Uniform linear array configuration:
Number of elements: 48
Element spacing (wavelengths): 0.75
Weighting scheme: blackman
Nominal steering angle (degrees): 15
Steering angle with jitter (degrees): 13.304
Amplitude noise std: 0.05
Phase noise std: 0.05

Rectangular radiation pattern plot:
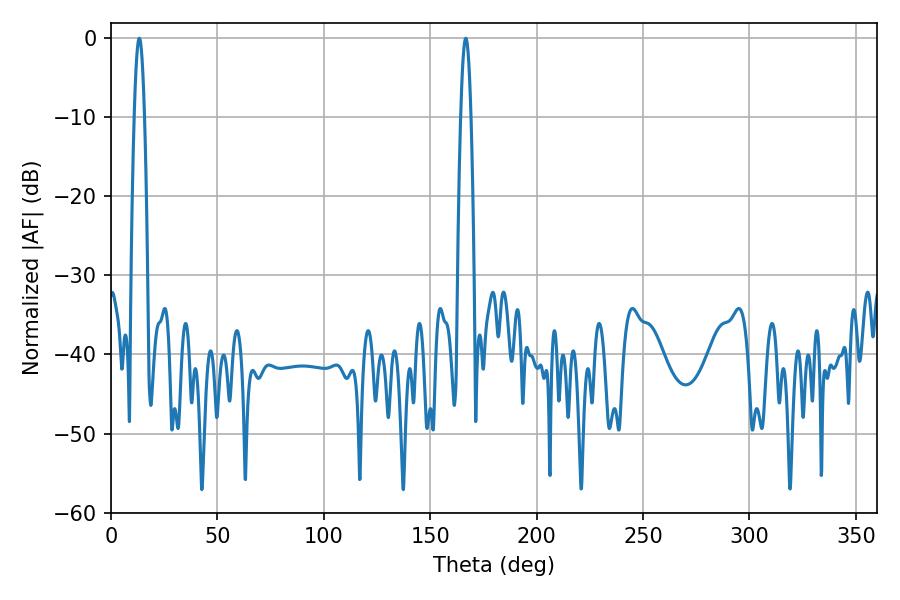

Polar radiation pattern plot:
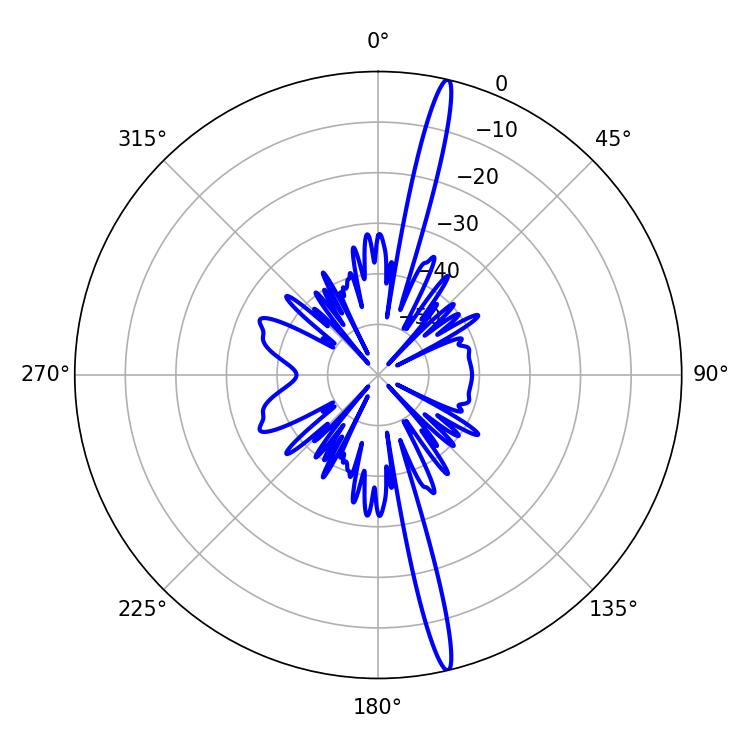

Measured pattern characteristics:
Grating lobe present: TRUE
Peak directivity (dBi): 19.372
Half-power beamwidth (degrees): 2.52
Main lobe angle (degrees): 166.68